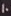
10